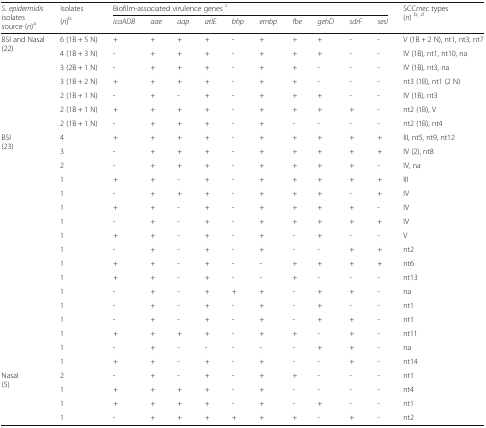
<table><thead><tr><td rowspan="2"><b><i>S. epidermidis</i> isolates source (<i>n</i>)<sup>a</sup></b></td><td><b>Isolates</b></td><td colspan="10"><b>Biofilm-associated virulence genes <sup>c</sup></b></td><td rowspan="2"><b>SCC<i>mec</i> types(<i>n</i>) <sup>b, d</sup></b></td></tr><tr><td><b>(<i>n</i>)<sup>b</sup></b></td><td><b><i>icaADB</i></b></td><td><b><i>aae</i></b></td><td><b><i>aap</i></b></td><td><b><i>atlE</i></b></td><td><b><i>bhp</i></b></td><td><b><i>embp</i></b></td><td><b><i>fbe</i></b></td><td><b><i>gehD</i></b></td><td><b><i>sdrF</i></b></td><td><b><i>sesI</i></b></td></tr></thead><tbody><tr><td rowspan="7">BSI and Nasal(22)</td><td>6 (1B + 5 N)</td><td>+</td><td>+</td><td>+</td><td>+</td><td>-</td><td>+</td><td>+</td><td>+</td><td>-</td><td>-</td><td>V (1B + 2 N), nt1, nt3, nt7</td></tr><tr><td>4 (1B + 3 N)</td><td>-</td><td>+</td><td>+</td><td>+</td><td>-</td><td>+</td><td>+</td><td>+</td><td>-</td><td>-</td><td>IV (1B), nt1, nt10, na</td></tr><tr><td>3 (2B + 1 N)</td><td>-</td><td>+</td><td>+</td><td>+</td><td>-</td><td>+</td><td>+</td><td>-</td><td>-</td><td>-</td><td>IV (1B), nt3, na</td></tr><tr><td>3 (1B + 2 N)</td><td>+</td><td>+</td><td>+</td><td>+</td><td>-</td><td>+</td><td>+</td><td>-</td><td>-</td><td>-</td><td>nt3 (1B), nt1 (2 N)</td></tr><tr><td>2 (1B + 1 N)</td><td>-</td><td>+</td><td>-</td><td>+</td><td>-</td><td>+</td><td>+</td><td>+</td><td>-</td><td>-</td><td>IV (1B), nt3</td></tr><tr><td>2 (1B + 1 N)</td><td>+</td><td>+</td><td>+</td><td>+</td><td>-</td><td>+</td><td>+</td><td>+</td><td>+</td><td>-</td><td>nt2 (1B), V</td></tr><tr><td>2 (1B + 1 N)</td><td>-</td><td>+</td><td>+</td><td>+</td><td>-</td><td>+</td><td>-</td><td>-</td><td>-</td><td>-</td><td>nt2 (1B), nt4</td></tr><tr><td rowspan="5">BSI(23)</td><td>4</td><td>+</td><td>+</td><td>+</td><td>+</td><td>-</td><td>+</td><td>+</td><td>+</td><td>+</td><td>+</td><td>III, nt5, nt9, nt12</td></tr><tr><td>3</td><td>-</td><td>+</td><td>+</td><td>+</td><td>-</td><td>+</td><td>+</td><td>+</td><td>+</td><td>+</td><td>IV (2), nt8</td></tr><tr><td>2</td><td>-</td><td>+</td><td>+</td><td>+</td><td>-</td><td>+</td><td>+</td><td>+</td><td>+</td><td>-</td><td>IV, na</td></tr><tr><td>1</td><td>+</td><td>+</td><td>-</td><td>+</td><td>-</td><td>+</td><td>+</td><td>+</td><td>+</td><td>+</td><td>III</td></tr><tr><td>1</td><td>-</td><td>+</td><td>+</td><td>+</td><td>-</td><td>+</td><td>+</td><td>+</td><td>-</td><td>+</td><td>IV</td></tr><tr><td></td><td>1</td><td>+</td><td>+</td><td>-</td><td>+</td><td>-</td><td>+</td><td>+</td><td>+</td><td>+</td><td>-</td><td>IV</td></tr><tr><td></td><td>1</td><td>-</td><td>+</td><td>-</td><td>+</td><td>-</td><td>+</td><td>+</td><td>+</td><td>+</td><td>+</td><td>IV</td></tr><tr><td></td><td>1</td><td>+</td><td>+</td><td>-</td><td>+</td><td>-</td><td>+</td><td>-</td><td>+</td><td>-</td><td>-</td><td>V</td></tr><tr><td></td><td>1</td><td>-</td><td>+</td><td>-</td><td>+</td><td>-</td><td>+</td><td>-</td><td>-</td><td>+</td><td>+</td><td>nt2</td></tr><tr><td></td><td>1</td><td>+</td><td>+</td><td>-</td><td>+</td><td>-</td><td>-</td><td>+</td><td>+</td><td>+</td><td>+</td><td>nt6</td></tr><tr><td></td><td>1</td><td>+</td><td>+</td><td>-</td><td>+</td><td>-</td><td>-</td><td>+</td><td>-</td><td>-</td><td>-</td><td>nt13</td></tr><tr><td></td><td>1</td><td>-</td><td>+</td><td>-</td><td>+</td><td>+</td><td>+</td><td>-</td><td>+</td><td>+</td><td>-</td><td>na</td></tr><tr><td></td><td>1</td><td>-</td><td>+</td><td>-</td><td>+</td><td>-</td><td>+</td><td>-</td><td>+</td><td>-</td><td>-</td><td>nt1</td></tr><tr><td></td><td>1</td><td>-</td><td>+</td><td>-</td><td>+</td><td>-</td><td>+</td><td>-</td><td>+</td><td>+</td><td>-</td><td>nt1</td></tr><tr><td></td><td>1</td><td>+</td><td>+</td><td>+</td><td>+</td><td>-</td><td>+</td><td>+</td><td>-</td><td>+</td><td>-</td><td>nt11</td></tr><tr><td></td><td>1</td><td>-</td><td>+</td><td>-</td><td>-</td><td>-</td><td>-</td><td>-</td><td>+</td><td>+</td><td>-</td><td>na</td></tr><tr><td></td><td>1</td><td>+</td><td>+</td><td>-</td><td>+</td><td>-</td><td>+</td><td>-</td><td>-</td><td>+</td><td>-</td><td>nt14</td></tr><tr><td rowspan="4">Nasal(5)</td><td>2</td><td>-</td><td>+</td><td>-</td><td>+</td><td>-</td><td>+</td><td>+</td><td>-</td><td>-</td><td>-</td><td>nt1</td></tr><tr><td>1</td><td>+</td><td>+</td><td>+</td><td>+</td><td>-</td><td>+</td><td>-</td><td>-</td><td>-</td><td>-</td><td>nt4</td></tr><tr><td>1</td><td>+</td><td>+</td><td>+</td><td>+</td><td>-</td><td>+</td><td>-</td><td>+</td><td>-</td><td>-</td><td>nt1</td></tr><tr><td>1</td><td>-</td><td>+</td><td>+</td><td>+</td><td>+</td><td>+</td><td>+</td><td>-</td><td>+</td><td>-</td><td>nt2</td></tr></tbody></table>